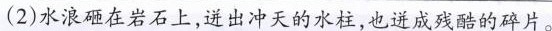
(2)水浪砸在岩石上，迸出冲天的水柱，也迸成残酷的碎片。